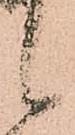
候